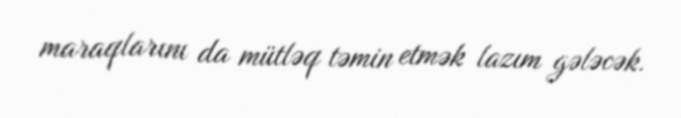
maraqlarını da mütləq təmin etmək lazım gələcək.